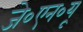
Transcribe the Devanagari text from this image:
जे०एन०यू